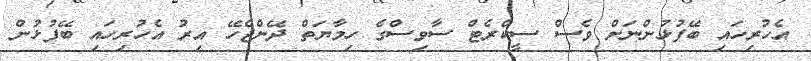
އެހުރިހައި ބޭފުޅުންނަށް ވެސް ސީކްރެޓް ސާވިސްގެ ހިމާޔަތް ދޭންޖެހޭ އިރު އެހުރިހައި ބޭފުޅުން